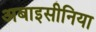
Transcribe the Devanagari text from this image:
अबाइसीनिया